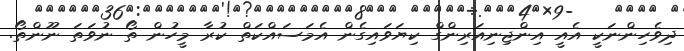
ދިވެހިންނަކީ އެއީ އިންޖިނިއަރިންގް ކިޔަވައިގެން އެމަސައްކަތް ކުރާ މީހުން ތޯ ނުވަތަ ނޫންތޯ.